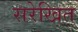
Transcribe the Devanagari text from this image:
सरेखित